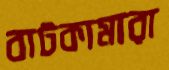
বাটকামারা